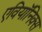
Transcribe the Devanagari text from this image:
एवियॉनिक्स